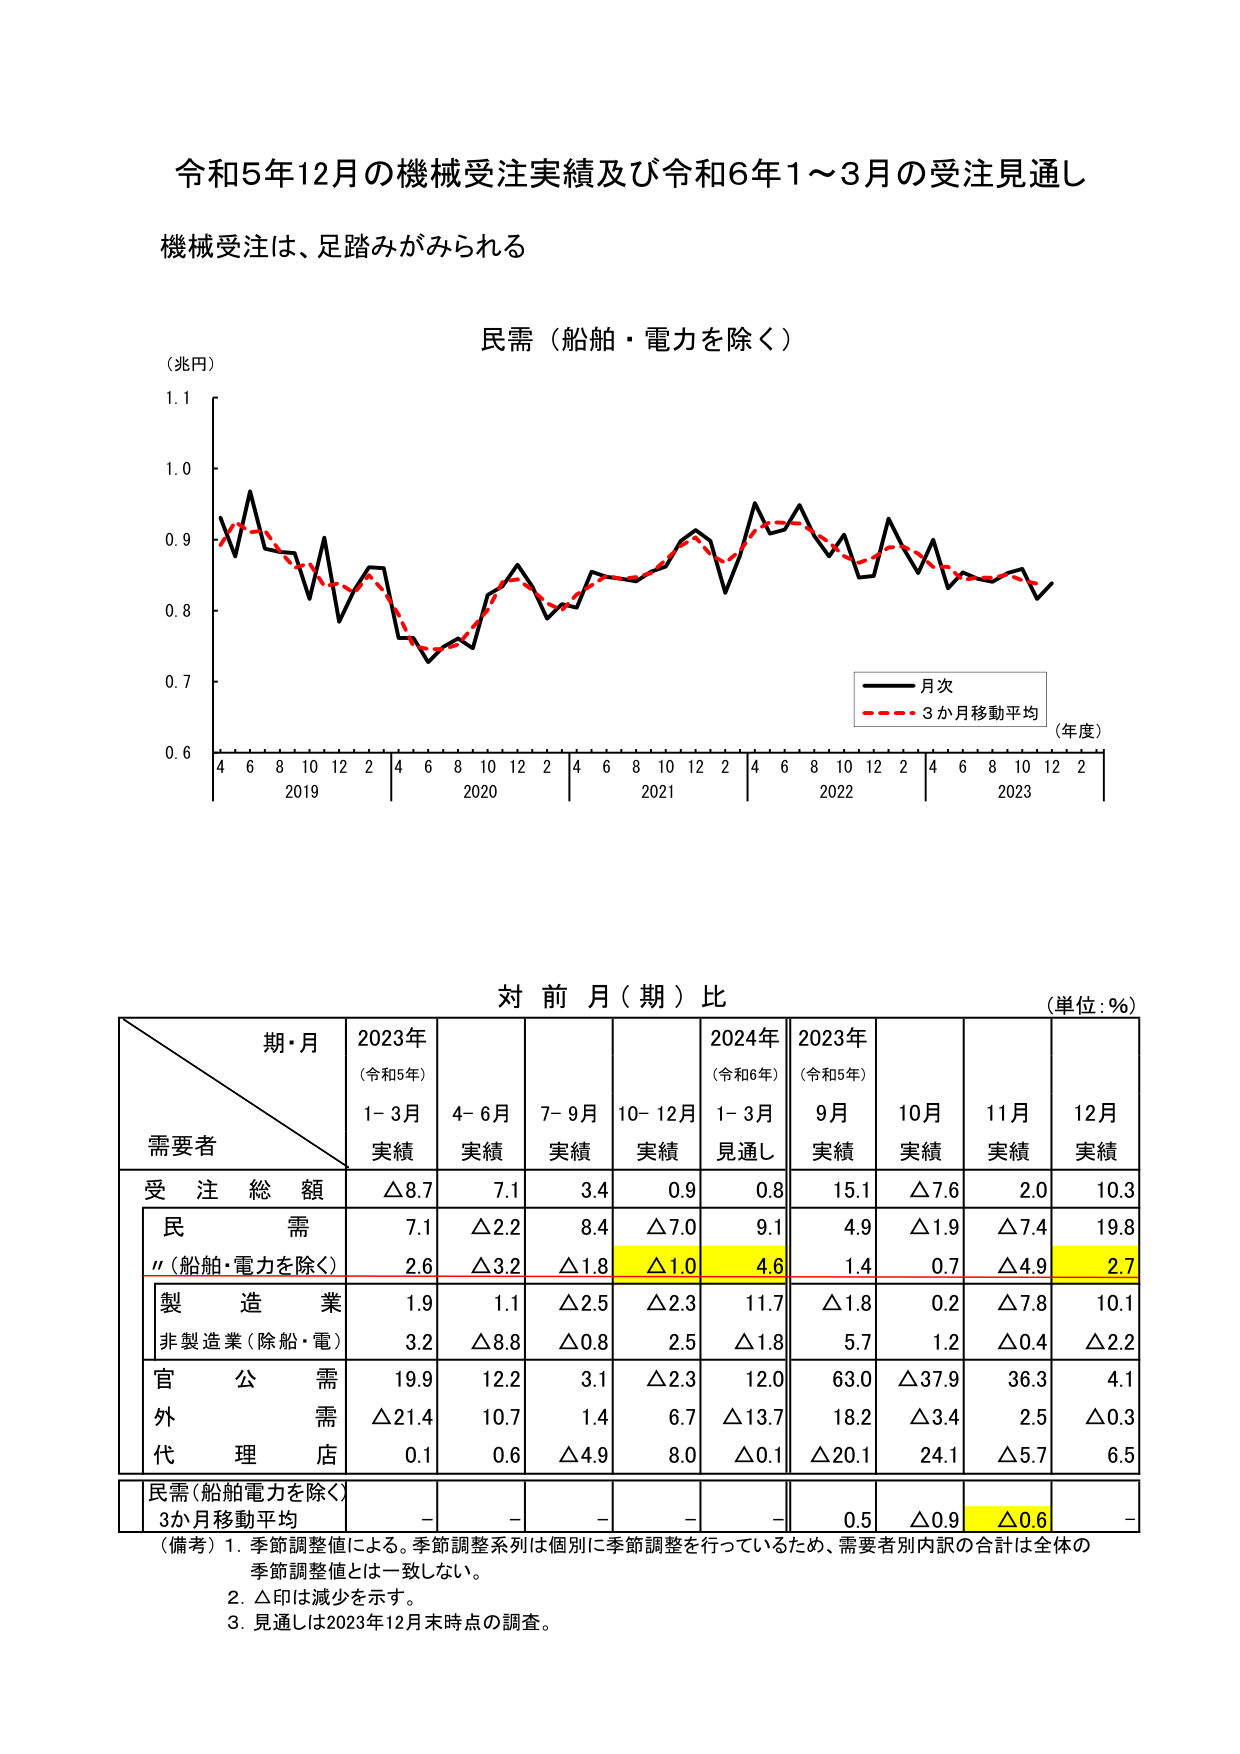
令和5年12月の機械受注実績及び令和6年1～3月の受注見通し
機械受注は、足踏みがみられる

民需（船舶・電力を除く）
（兆円）
1.1
1.0
0.9
0.8
0.7
0.6
4 6 8 10 12 2 4 6 8 10 12 2 4 6 8 10 12 2 4 6 8 10 12 2
2019 2020 2021 2022 2023
（年度）
■ 月次
■ 3か月移動平均

対前月（期）比
（単位：％）
期・月
2023年（令和5年）
2024年（令和6年）
2023年（令和5年）
需要者
1-3月 実績
4-6月 実績
7-9月 実績
10-12月 実績
1-3月 見通し
9月 実績
10月 実績
11月 実績
12月 実績
受注総額
△8.7
7.1
3.4
0.9
0.8
15.1
△7.6
2.0
10.3
民需
7.1
△2.2
8.4
△7.0
9.1
4.9
△1.9
△7.4
19.8
〃（船舶・電力を除く）
2.6
△3.2
△1.8
△1.0
4.6
1.4
0.7
△4.9
2.7
製造業
1.9
1.1
△2.5
△2.3
11.7
△1.8
0.2
△7.8
10.1
非製造業（除船・電）
3.2
△8.8
△0.8
2.5
△1.8
5.7
1.2
△0.4
△2.2
官公需
19.9
12.2
3.1
△2.3
12.0
63.0
△37.9
36.3
4.1
外需
△21.4
10.7
1.4
6.7
△13.7
18.2
△3.4
2.5
△0.3
代理店
0.1
0.6
△4.9
8.0
△0.1
△20.1
24.1
△5.7
6.5
民需（船舶電力を除く）
3か月移動平均
-
-
-
-
-
0.5
△0.9
△0.6
-
（備考）1. 季節調整値による。季節調整系列は個別に季節調整を行っているため、需要者別内訳の合計は全体の季節調整値とは一致しない。
2. △印は減少を示す。
3. 見通しは2023年12月末時点の調査。